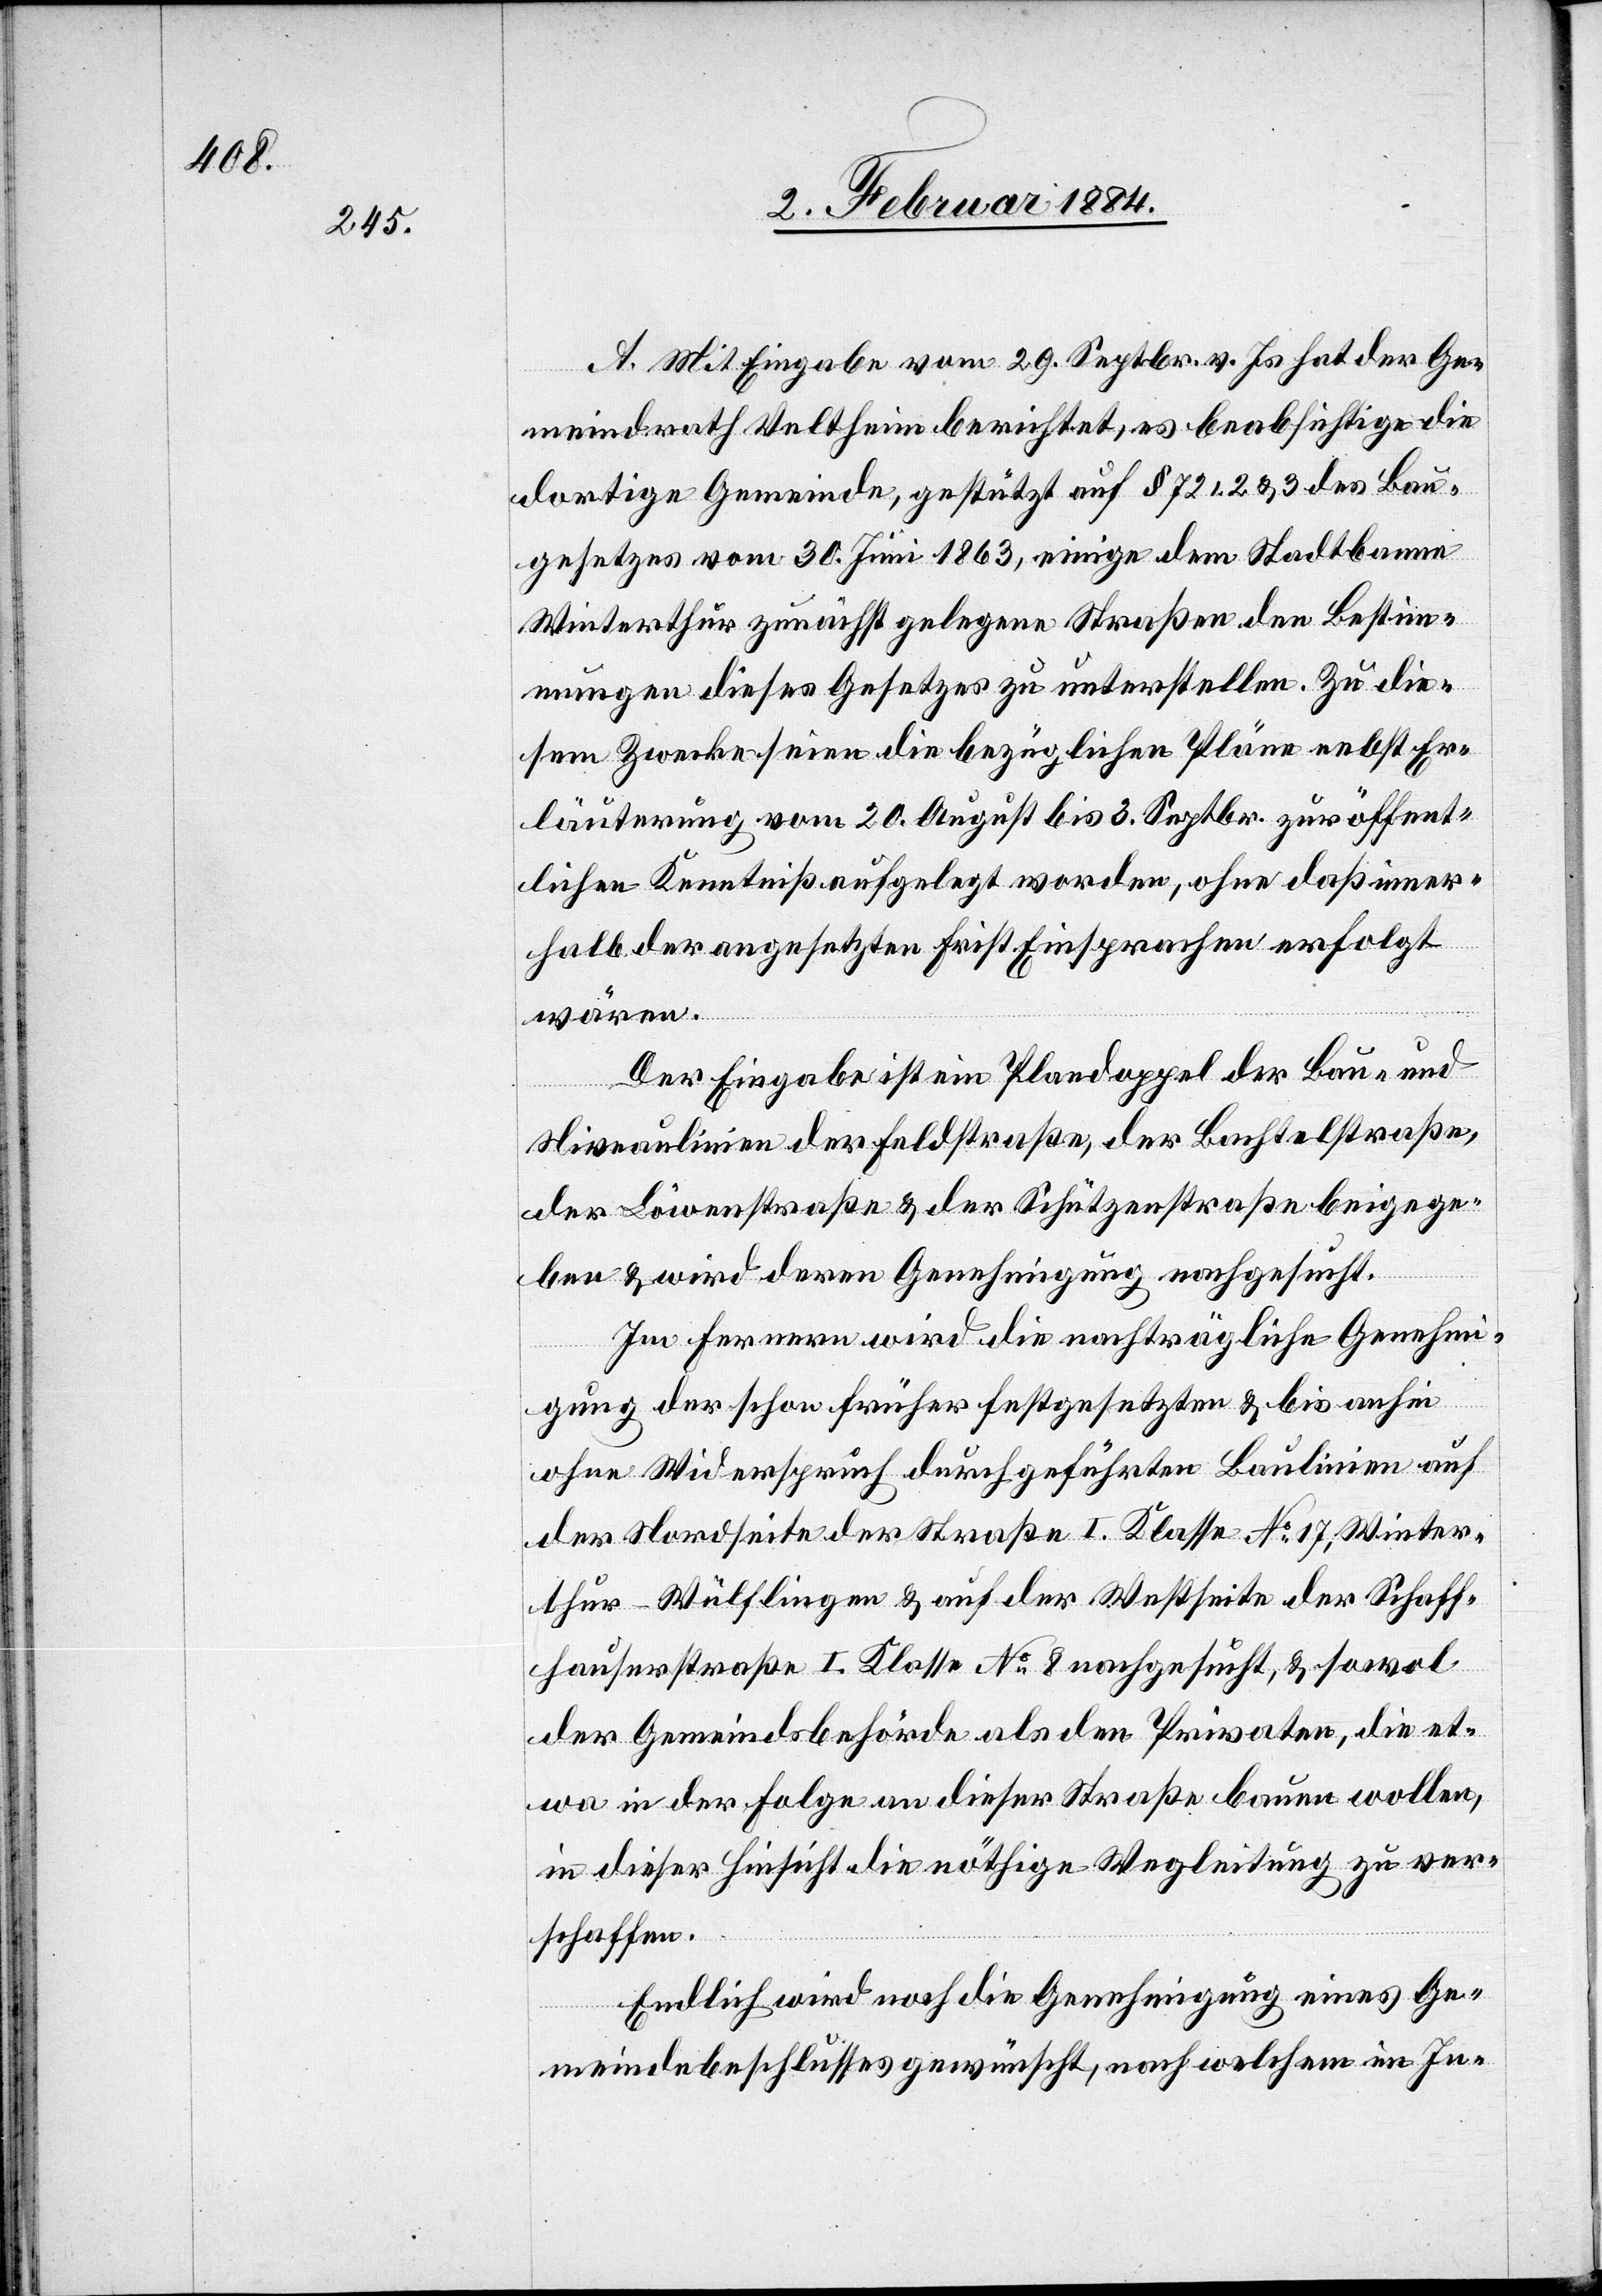
A. Mit Eingabe vom 29. Septbr. v. Js. hat der Ge¬
meindrath Veltheim berichtet, es beabsichtige die
dortige Gemeinde, gestützt auf § 72,2 & 3 des Bau¬
gesetzes vom 30. Juni 1863, einige dem Stadtbanne
Winterthur zunächst gelegenen Straßen den Bestimm¬
ungen dieses Gesetzes zu unterstellen. Zu die¬
sem Zwecke seien die bezüglichen Pläne nebst Er¬
läuterung vom 20. August bis 3. Septbr. zur öffent¬
lichen Kenntniß aufgelegt worden, ohne daß inner¬
halb der angesetzten Frist Einsprachen erfolgt
wären.
Der Eingabe ist ein Plandoppel der Bau- und
Niveaulinien der Feldstraße, der Bachtelstraße,
der Löwenstraße & der Schützenstraße beigege¬
ben & wird deren Genehmigung nachgesucht.
Im ferneren wird die nachträgliche Genehmi¬
gung der schon früher festgesetzten & bis anhin
ohne Widerspruch durchgeführten Baulinien auf
der Nordseite der Straße I. Klasse No 17, Winter¬
thur–Wülflingen & auf der Westseite der Schaff¬
hauserstraße I. Klasse No 8 nachgesucht, & sowol
der Gemeindsbehörde als den Privaten, die et¬
wa in der Folge an dieser Straße bauen wollen,
in dieser Hinsicht die nöthige Wegleitung zu ver¬
schaffen.
Endlich wird noch die Genehmigung eines Ge¬
meindebeschlusses gewünscht, nach welchem im In-